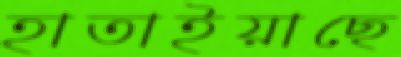
হাতাইয়াছে